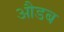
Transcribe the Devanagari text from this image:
औडब